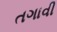
તગાવી